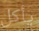
يأكل